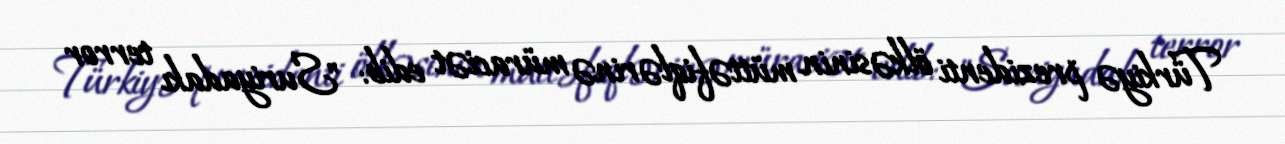
Türkiyə prezidenti ölkəsinin müttəfiqlərinə müraciət edib: "Suriyadakı terror